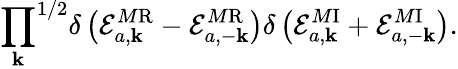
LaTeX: {\prod_{\mathbf k}}^{1/2}\delta\left({\cal E}_{a,\mathbf k}^{M\mathrm{R}}-{\cal E}_{a,-\mathbf k}^{M\mathrm{R}}\right)\delta\left({\cal E}_{a,\mathbf k}^{M\mathrm{I}}+{\cal E}_{a,-\mathbf k}^{M\mathrm{I}}\right).